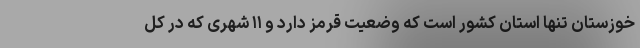
خوزستان تنها استان کشور است که وضعیت قرمز دارد و ۱۱ شهری که در کل